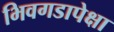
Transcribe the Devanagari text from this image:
भिवगडापेक्षा